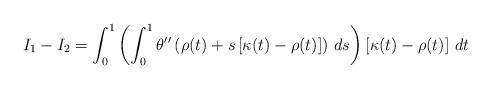
LaTeX: \begin{align*} I_1-I_2 = \int_0^1 \left ( \int_0^1 \theta''\left( \rho(t) + s \left[ \kappa(t) - \rho(t) \right] \right) \, ds \right) \left[ \kappa(t) - \rho(t) \right] \, dt\end{align*}